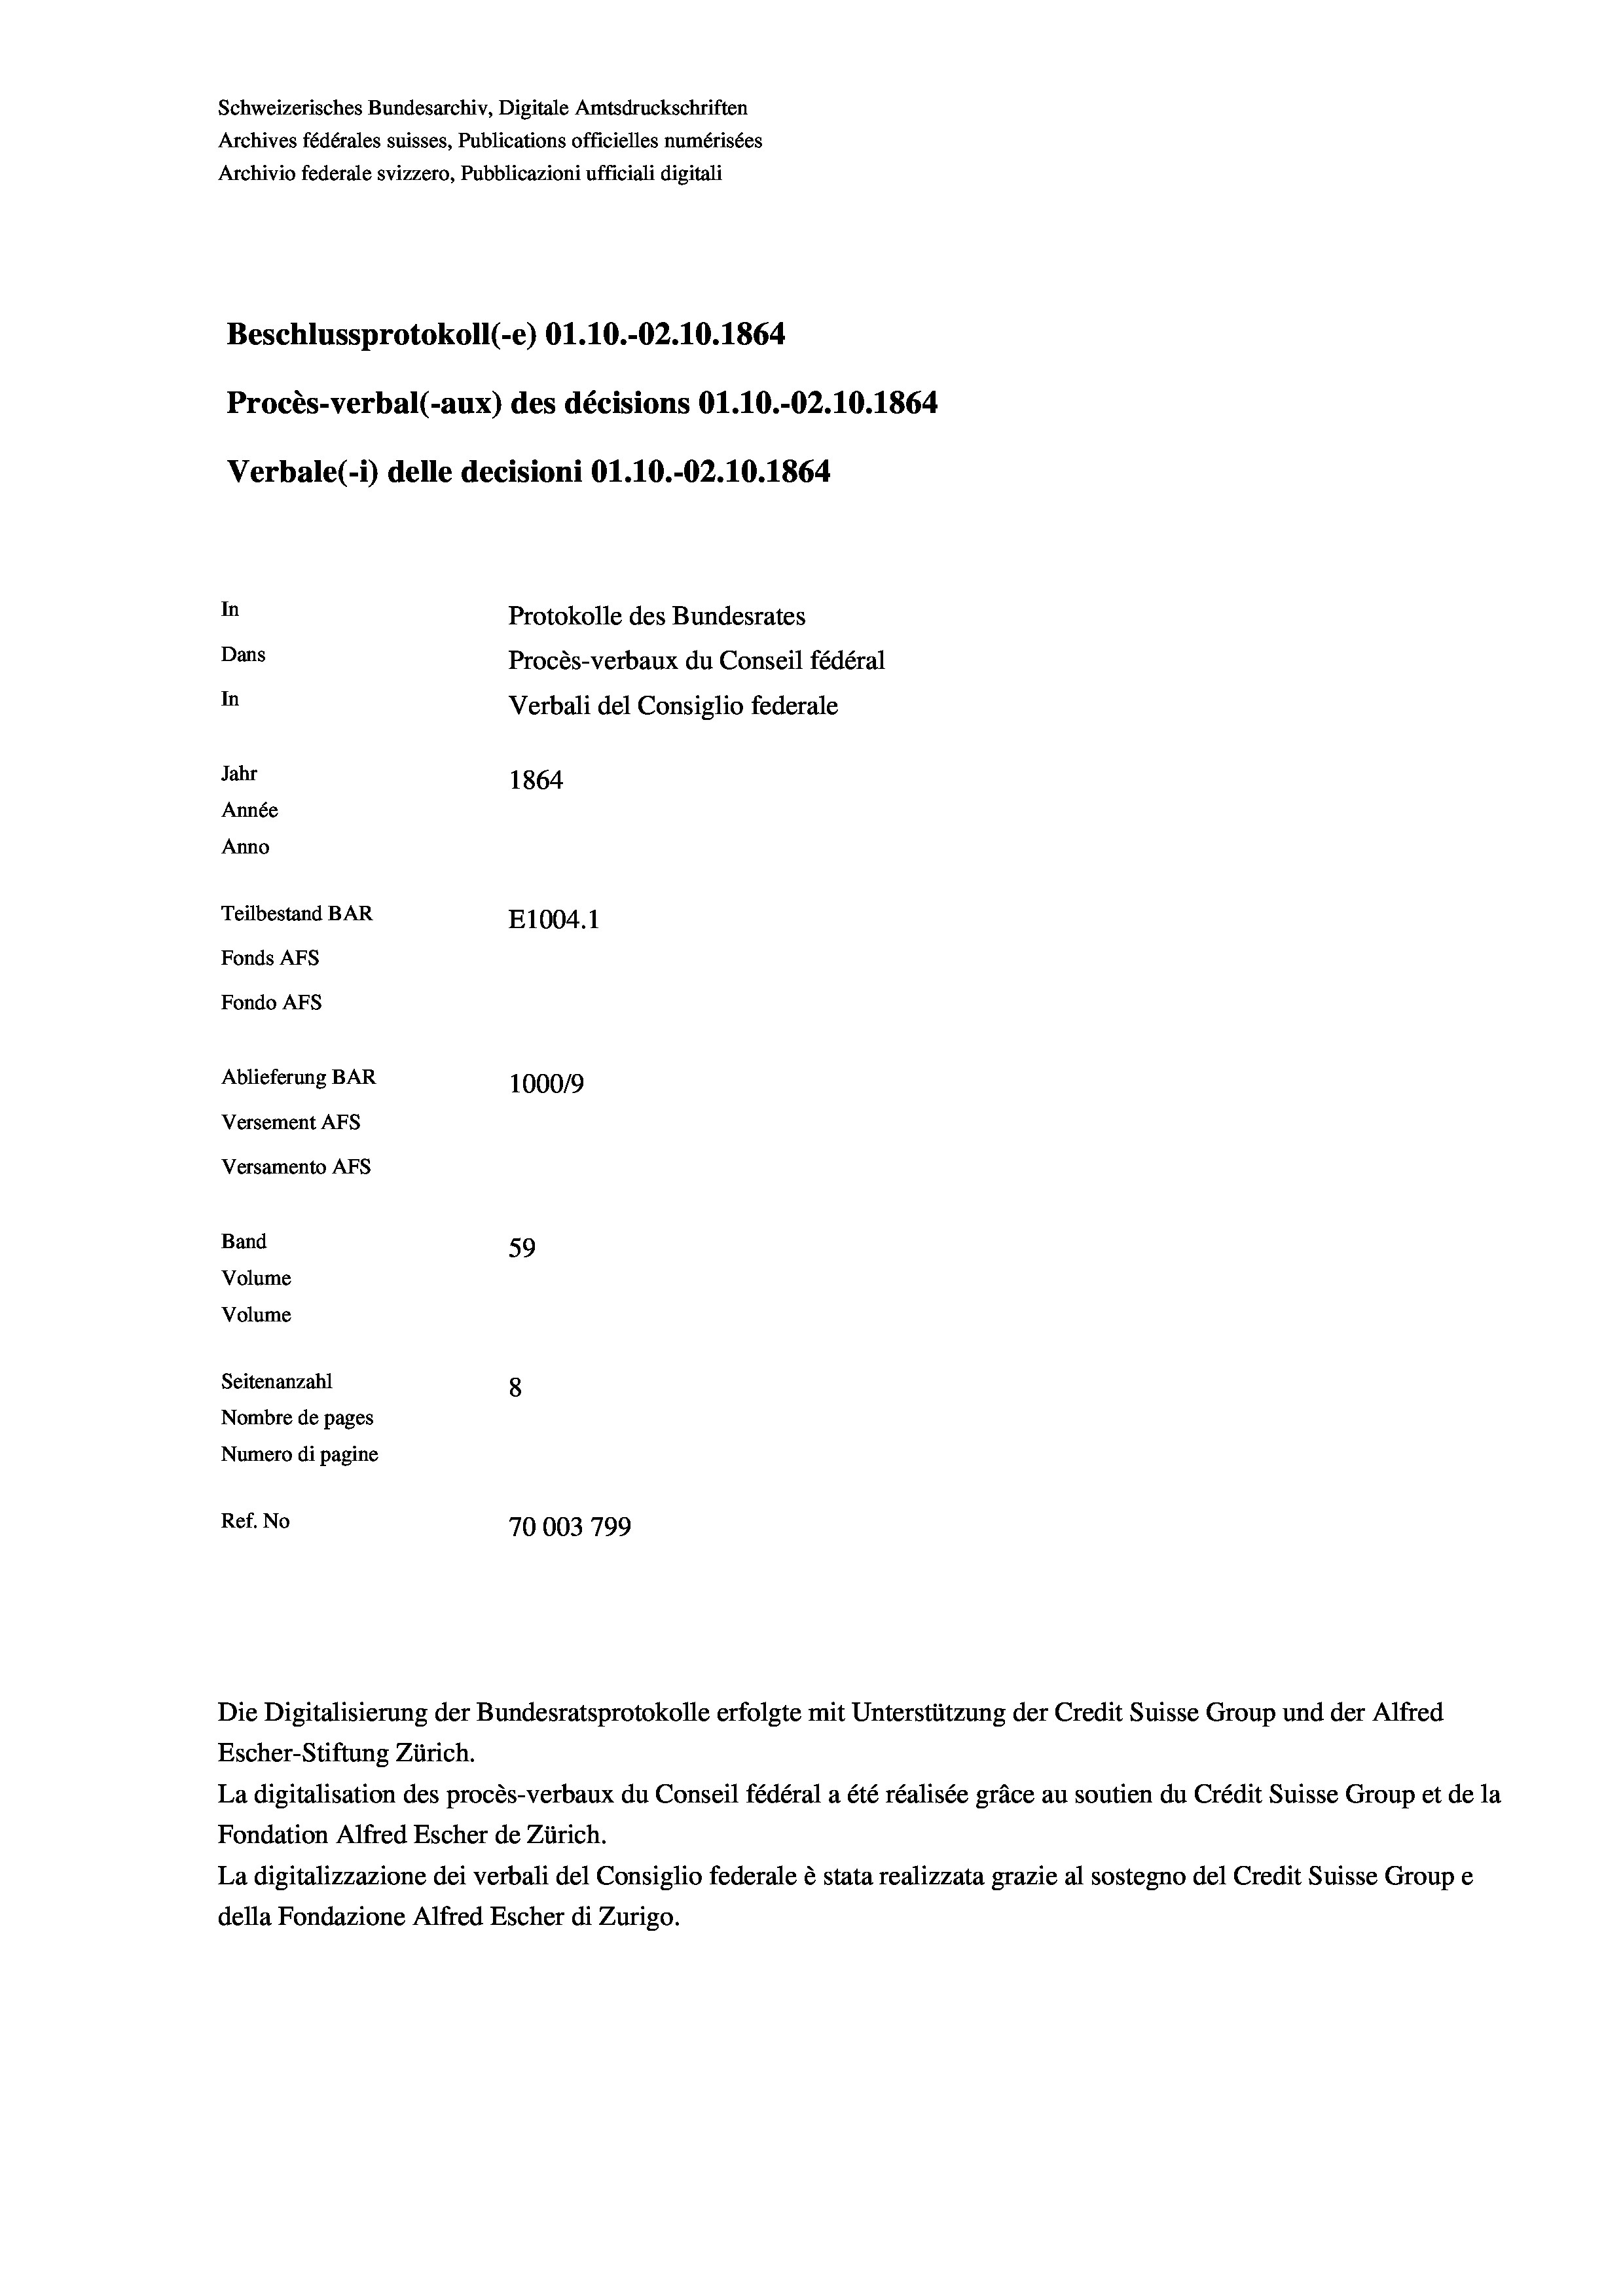
Schweizerisches Bundesarchiv, Digitale Amtsdruckschriften
Archives fédérales suisses, Publications officielles numérisées
Archivio federale svizzero, Pubblicazioni ufficiali digitali
Beschlussprotokoll (-e) O1.10.-02.10.1864
Procès-verbal (-aux) des décisions O1.10.-02.10.1864
Verbale(-*) delle decisioni O1.10.-O2.10. 1864
In
Protokolle des Bundesrates
Dans
Procès-verbaux du Conseil fédéral
In
Verbali del Consiglio federale
Jahr
1864
Année
Anno
Teilbestand BAR
E1004. 1
Fonds AFs
Fondo AFS
Ablieferung BAR
100019
Versement AFs
Versamento Afs
Band
59
Volume
Volume

Seitenanzahl
8
Nombre de pages
Numero di pagine
Ref. No
70003799

Die Digitalisierung der Bundesratsprotokolle erfolgte mit Unterstützung der Credit Suisse Group und der Alfred
Escher-Stiftung Zürich.
La digitalisation des procès-verbaux du Conseil fédéral a été réalisée gräce au soutien du Crédit Suisse Group et de la
Fondation Alfred Escher de Zürich.
La digitalizzazione dei verbali del Consiglio federale è stata realizzata grazie al sostegno del Credit Suisse Groupe
della Fondazione Alfred Escher di Zurigo.